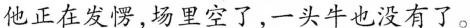
他正在发愣，场里空了，一头牛也没有了。